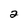
Character: 2